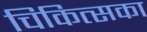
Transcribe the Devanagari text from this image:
चिकित्सका